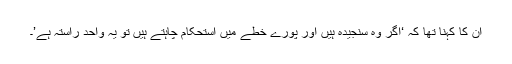
ان کا کہنا تھا کہ ‘اگر وہ سنجیدہ ہیں اور پورے خطے میں استحکام چاہتے ہیں تو یہ واحد راستہ ہے’۔